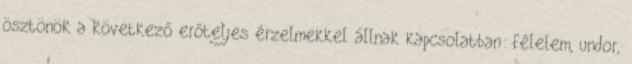
ösztönök a következő erőteljes érzelmekkel állnak kapcsolatban: félelem, undor,